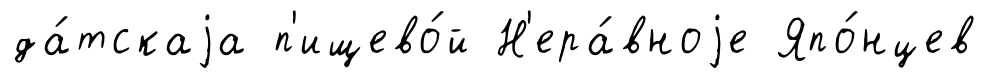
да́тскаjа п'ищево́й Н'ера́вноjе Япо́нцев